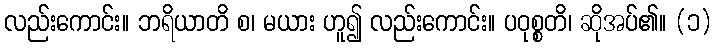
လည်းကောင်း။ ဘရိယာတိ စ၊ မယား ဟူ၍ လည်းကောင်း။ ပဝုစ္စတိ၊ ဆိုအပ်၏။ (၁)